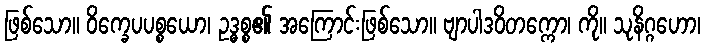
ဖြစ်သော။ ဝိက္ခေပပစ္စယော၊ ဥဒ္ဓစ္စ၏ အကြောင်းဖြစ်သော။ ဗျာပါဒဝိတက္ကော၊ ကို။ သုနိဂ္ဂဟော၊